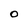
Character: 0